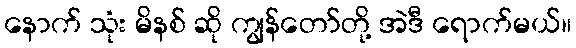
နောက် သုံး မိနစ် ဆို ကျွန်တော်တို့ အဲဒီ ရောက်မယ်။